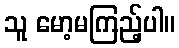
သူ မော့မကြည့်ပါ။